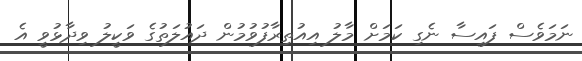
ނަމަވެސް ފައިސާ ނެގި ކަމަށް މާލު އިއުތިރާފުވުމުން ދައުލަތުގެ ވަކީލު ވިދާޅުވީ އެ